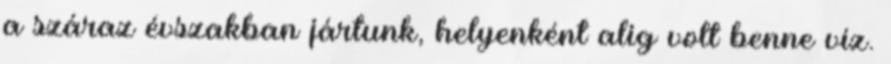
a száraz évszakban jártunk, helyenként alig volt benne víz.